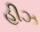
હીઝ